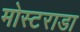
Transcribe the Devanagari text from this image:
मोस्टराडा